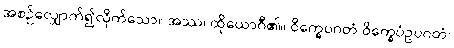
အစဉ်လျှောက်၍လိုက်သော။ အဿ၊ ထိုယောဂီ၏။ ဝိက္ခေပဂတံ-ဝိက္ခေပံဥပဂတံ၊